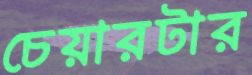
চেয়ারটার